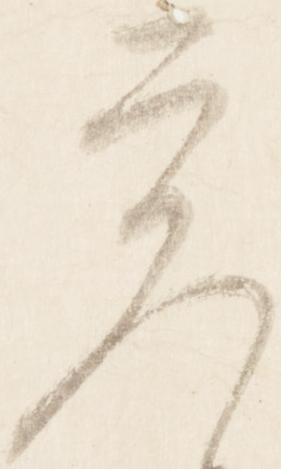
覚